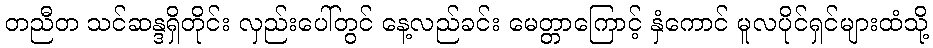
တညီတ သင်ဆန္ဒရှိတိုင်း လှည်းပေါ်တွင် နေ့လည်ခင်း မေတ္တာကြောင့် နှံကောင် မူလပိုင်ရှင်များထံသို့